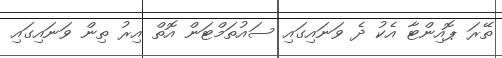
ތޭރަ ޕޮއިންޓާ އެކު ދެ ވަނައިގައި ސައުތަމްޓަން އޮތް އިރު ތިން ވަނައިގައި